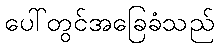
ပေါ်တွင်အခြေခံသည်